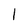
Character: l